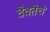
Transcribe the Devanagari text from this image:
देवतेचं